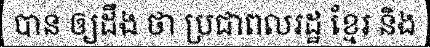
បាន ឲ្យដឹង ថា ប្រជាពលរដ្ឋ ខ្មែរ និង